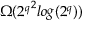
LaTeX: \Omega ( { 2 ^ { q } } ^ { 2 } l o g ( { 2 ^ { q } } ) )